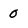
Character: 0